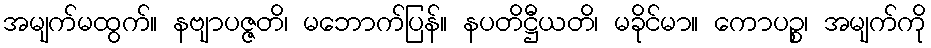
အမျက်မထွက်။ နဗျာပဇ္ဇတိ၊ မဘောက်ပြန်။ နပတိဋ္ဌီယတိ၊ မခိုင်မာ။ ကောပဉ္စ၊ အမျက်ကို